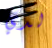
لدي